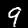
Label: 9